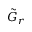
\tilde { G } _ { r }